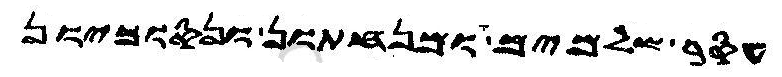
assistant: עסר שלמים ומנחתון ונסוכיון